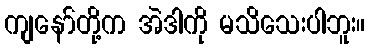
ကျနော်တို့က အဲဒါကို မသိသေးပါဘူး။